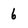
Character: 6